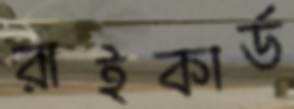
রাইকার্ড